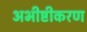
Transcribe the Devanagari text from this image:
अभीष्टीकरण